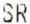
SR